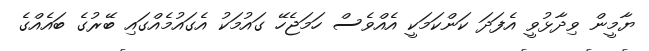
ޔާމީން ވިދާޅުވީ އެފަދަ ކަންކަމަކީ އެއްވެސް ހަމަޖެހޭ ގައުމަކު އެގައުމެއްގައި ބޭރުގެ ބައެއްގެ